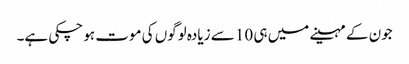
جون کے مہینے میں ہی 10 سے زیادہ لوگوں کی موت ہو چکی ہے۔